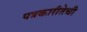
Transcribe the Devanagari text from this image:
पत्रकारीतेची